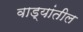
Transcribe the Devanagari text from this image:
वाड्यांतील